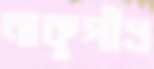
নাকুগাঁও